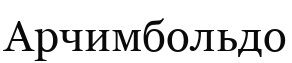
Арчимбольдо